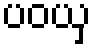
ပဝယှ